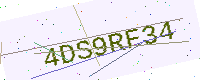
Text: 4DS9RF34